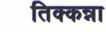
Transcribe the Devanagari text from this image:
तिक्कन्ना